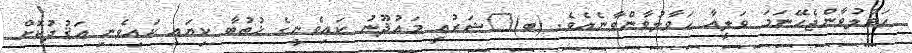
ޙަވާލުވާންޖެހޭނަމަ ވަލީއާ ޙަވާލުވާންވާނެއެވެ. (ބ)	ޝަރުޢީ މައުޛޫނު ކައިވެނީގެ ޚުޠުބާ ކިޔައި ކައިވެނި އަޤުދުކޮށް